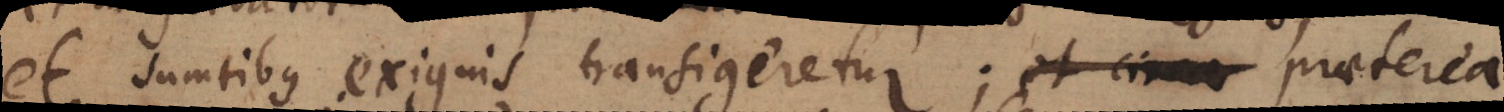
et sumtibus exiguis transigeretur; et ci_ praeterea